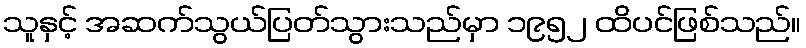
သူနှင့် အဆက်သွယ်ပြတ်သွားသည်မှာ ၁၉၅၂ ထိပင်ဖြစ်သည်။